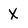
Character: X